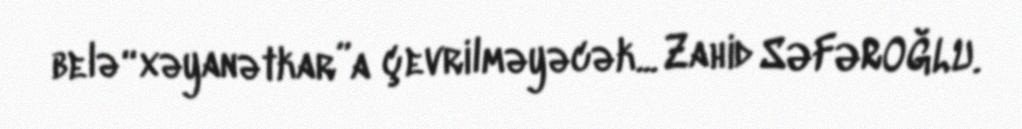
belə “xəyanətkar”a çevrilməyəcək... Zahid SƏFƏROĞLU.